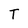
Character: T